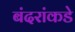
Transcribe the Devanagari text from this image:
बंदरांकडे